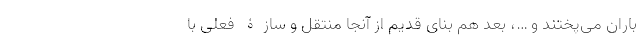
باران می‌پختند و …، بعد هم بنای قدیم از آنجا منتقل و سازۀ فعلی با